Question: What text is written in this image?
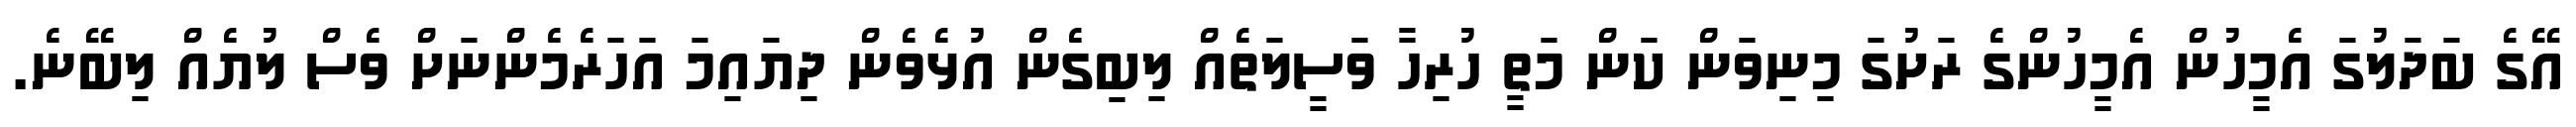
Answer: އޭގެ ބަދަލުގަ އެމީހުން އެމީހުންގެ ރަށުގަ މިނިވަން ކަން މަތީ ހުރިހާ ވަސީލަތެއް ލިބިގެން އުޅެވެން ދިޔައިމަ އަހަރެމެންނަށް ވެސް ލުޔެއް ލިބޭނެ.